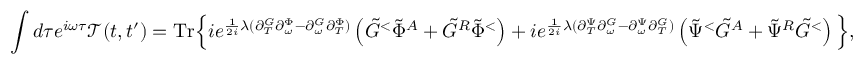
\int d \tau e ^ { i \omega \tau } \mathcal { T } ( t , t ^ { \prime } ) = \mathrm { T r } \Big \{ i e ^ { \frac { 1 } { 2 i } \lambda ( \partial _ { T } ^ { G } \partial _ { \omega } ^ { \Phi } - \partial _ { \omega } ^ { G } \partial _ { T } ^ { \Phi } ) } \left( \tilde { G } ^ { < } \tilde { \Phi } ^ { A } + \tilde { G } ^ { R } \tilde { \Phi } ^ { < } \right) + i e ^ { \frac { 1 } { 2 i } \lambda ( \partial _ { T } ^ { \Psi } \partial _ { \omega } ^ { G } - \partial _ { \omega } ^ { \Psi } \partial _ { T } ^ { G } ) } \left( \tilde { \Psi } ^ { < } \tilde { G } ^ { A } + \tilde { \Psi } ^ { R } \tilde { G } ^ { < } \right) \Big \} ,